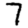
Digit: 7